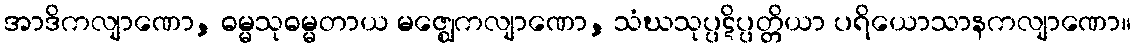
အာဒိကလျာဏော, ဓမ္မသုဓမ္မတာယ မဇ္ဈေကလျာဏော, သံဃသုပ္ပဋိပ္ပတ္တိယာ ပရိယောသာနကလျာဏော။